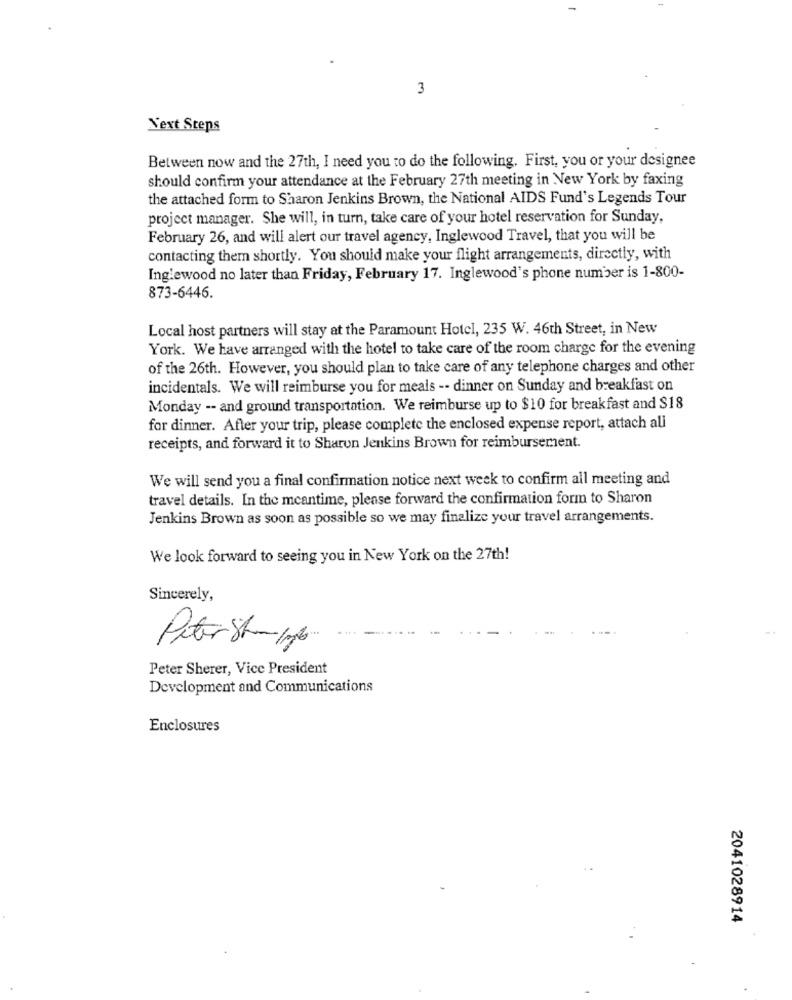
3
Next Steps
Between now and the 27th, I need you to do the following. First, you or your designee
should confirm your attendance at the February 27th meeting in New York by faxing
the attached form to Sharon Jenkins Brown, the National AIDS Fund's Legends Tour
project manager. She will, in turn, take care of your hotel reservation for Sunday,
February 26, and will alert our travel agency, Inglewood Travel, that you will be
contacting them shortly. You should make your flight arrangements, directly, with
Inglewood no later than Friday, February 17. Inglewood's phone number is 1-800-
873-6446.
Local host partners will stay at the Paramount Hotel, 235 W. 46th Street, in New
York. We have arranged with the hotel to take care of the room charge for the evening
of the 26th. However, you should plan to take care of any telephone charges and other
incidentals. We will reimburse you for meals -- dinner on Sunday and breakfast on
Monday -- and ground transportation. We reimburse up to $10 for breakfast and $18
for dinner. After your trip, please complete the enclosed expense report, attach all
receipts, and forward it to Sharon Jenkins Brown for reimbursement.
We will send you a final confirmation notice next week to confirm all meeting and
travel details. In the meantime, please forward the confirmation form to Sharon
Jenkins Brown as soon as possible so we may finalize your travel arrangements.
We look forward to seeing you in New York on the 27th!
Sincerely,
Peter Stu-10lo
Peter Sherer, Vice President
Development and Communications
Enclosures
2041028914